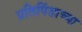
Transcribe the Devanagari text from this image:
प्रतिपिंडाच्या